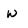
Character: w